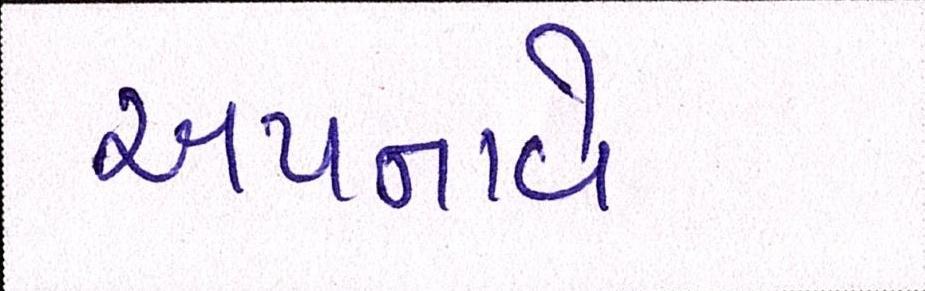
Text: અપનાવે